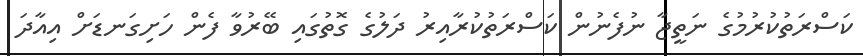
ކަސްރަތުކުރުމުގެ ނަތީޖާ ނުފެނުން ކަސްރަތުކުރާއިރު ދަލުގެ ގޮތުގައި ބޭރުވާ ފެން ހަށިގަނޑަށް އިއާދަ